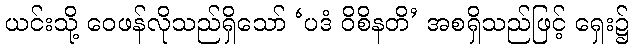
ယင်းသို့ ဝေဖန်လိုသည်ရှိသော် ‘ပဒံ ဝိစိနတိ’ အစရှိသည်ဖြင့် ရှေး၌